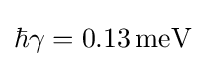
\hbar \gamma =0.13\,\mathrm {meV}